Lunatic asylums United Prov. 1922-30 - 1922-1930
Year: 1922
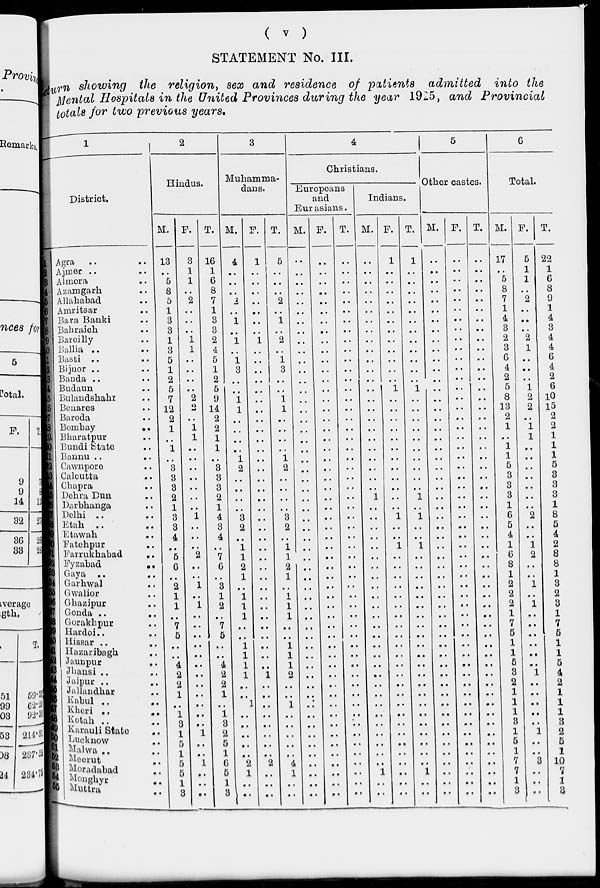
( v )
STATEMENT No. III.
eturn showing the religion, sex and residence of patients admitted into the
Mental Hospitals in the United Provinces during the year 1925, and Provincial
totals for two previous years.
1
District.
1
2
3
4
5
6
7
8
9
10
11
12
13
14
15
16
17
18
19
20
21
22
23
24
25
26
27
28
29
30
31
32
33
34
35
36
37
38
39
40
41
42
43
44
45
46
47
48
49
50
51
52
53
54
55
Agra .. ..
Ajmer .. ..
Almora ..
Azamgarh ..
Allahabad ..
Amritsar ..
Bara Banki ..
Bahraich ..
Bareilly ..
Ballia .. ..
Basti .. ..
Bijnor .. ..
Banda .. ..
Budaun ..
Bulandshahr
Benares ..
Baroda ..
Bombay
..
Bharatpur ..
Bundi State ..
Bannu ..
Cawnpore ...
Calcutta ..
Chapra ..
Dehra Dun ..
Darbhanga ..
Delhi .. ..
Etah .. ..
Etawah ..
Fatehpur ..
Farrukhabad
..
Eyzabad
..
Gaya .. ..
Garhwal ..
Gwalior ..
Ghazipur ..
Gonda ..
Gorakhpur ..
Hardoi ..
Hissar ..
Hazaribagh ..
Jaunpur ..
Jhausi .. ..
Jaipur .. ..
Jallandhar ..
Kabul .. ..
Kheri .. ..
Kotah .. ..
Karauli State ..
Lucknow ..
Malwa .. ..
Meerut ..
Moradabad ..
Monghyr ..
Muttra
..
2
Hindus.
M.
13
..
5
8
5
1
3
3
1
3
5
1
2
5
7
12
2
1
..
1
..
3
3
3
2
1
3
3
4
..
5
6
..
2
1
1
..
7
5
..
..
4
2
2
1
..
1
3
1
5
1
5
5
1
3
F.
3
1
1
..
2
..
..
..
1
1
..
..
..
.. 2
2
..
1
1
..
..
..
..
..
..
..
1
..
..
..
2
..
..
1
..
1
..
..
..
..
..
..
..
..
..
..
..
..
1
..
..
1
..
..
..
T.
16
1
6
8
7
1
3
3
2
4
5
1
2
5
9
14
2
2
1
1
..
3
3
3
2
1
4
3
4
..
7
6
..
3
1
2
..
7
5
..
..
4
2
2
1
..
1
3
2
5
1
6
5
1
3
3
Muhamma-
dans.
M.
4
..
..
..
2
..
1
..
1
..
1
3
..
..
1
1
..
..
..
..
1
2
..
..
..
..
3
2
..
1
1
2
1
..
1
1
1
..
..
1
1
1
1
..
..
1
..
..
...
..
..
2
1
..
..
F.
1
..
..
..
..
..
..
..
1
..
..
..
..
..
..
..
..
..
..
..
..
..
..
..
..
..
..
..
..
..
..
..
..
..
..
..
..
..
..
..
..
..
1
..
..
..
..
..
..
..
..
2
..
..
..
T.
5
..
..
..
2
..
1
..
2
..
1
3
..
..
1
1
..
..
..
..
1
2
..
..
..
..
3
2
..
1
1
2
1
..
1
1
1
..
..
1
1
1
2
..
..
1
..
..
..
..
4
1
..
..
4
Christians.
Europeans
and
Eurasians.
M.
..
..
..
..
..
..
..
..
..
..
..
..
..
..
..
..
..
..
..
..
..
..
..
..
..
..
..
....
..
..
..
..
..
..
..
..
..
..
..
..
..
..
..
..
..
..
..
..
..
..
..
..
..
..
..
F.
..
..
..
..
..
..
..
..
..
..
..
..
..
..
..
..
..
..
..
..
..
..
..
..
..
..
..
..
..
..
..
..
..
..
..
..
..
..
..
..
..
..
..
..
..
..
..
..
..
..
..
..
..
..
T.
..
..
..
..
..
..
..
..
..
..
..
..
..
..
..
..
..
..
..
..
..
..
..
..
..
..
..
..
..
..
..
..
..
..
..
..
..
..
..
..
..
..
..
..
..
..
..
..
..
..
..
..
..
..
..
Indians.
M.
..
..
..
..
..
..
..
..
..
..
..
..
..
..
..
..
..
..
..
..
..
..
..
..
1
..
..
..
..
..
..
..
..
..
..
..
..
..
..
..
..
..
..
..
..
..
..
..
..
..
..
..
1
..
..
F.
1
..
..
..
..
..
..
..
..
..
..
..
..
1
..
..
..
..
..
..
..
..
..
..
..
..
1
..
..
1
..
..
..
..
..
..
..
..
..
..
..
..
..
..
..
..
..
..
..
..
..
..
..
..
..
T
1
..
..
..
..
..
..
..
..
..
..
..
...
1
..
..
..
..
..
..
..
..
..
..
1
..
1
..
..
1
..
..
..
..
..
..
..
..
..
..
..
..
..
..
..
..
..
..
..
..
..
..
1
..
..
5
Other castes.
M.
..
..
..
..
..
..
..
..
..
..
..
..
..
..
..
..
..
..
..
..
..
..
..
..
..
..
..
..
..
..
..
..
..
..
..
..
..
..
..
..
..
..
..
..
..
..
..
..
..
..
..
..
..
..
..
F.
..
..
..
..
..
..
..
..
..
..
..
..
..
..
..
..
..
..
..
..
..
..
..
..
..
..
..
..
..
..
..
..
..
..
..
..
..
..
..
..
..
..
..
..
..
..
..
..
..
..
..
..
..
..
..
T.
..
..
..
..
..
..
..
..
..
..
..
..
..
..
..
..
..
..
..
..
..
..
..
..
..
..
..
..
..
..
..
..
..
..
..
..
..
..
..
..
..
..
..
..
..
..
..
..
..
..
..
..
..
..
..
6
Total.
M.
17
..
5
8
7
1
4
3
2
3
6
4
2
5
8
13
2
1
..
1
1
5
3
3
3
1
6
5
4
1
6
8
1
2
2
2
2
1
7
5
1
1
5
3
2
1
1
3
1
5
1
7
7
1
3
F.
5
1
1
..
2
..
..
..
2
1
..
..
..
1
2
2
..
1
1
..
..
..
..
..
..
..
2
..
..
1
2
..
..
1
..
1
1
..
..
..
..
..
..
1
..
..
..
..
1
..
..
3
..
..
..
T.
22
1
6
8
9
1
4
3
4
4
6
4
2
6
10
15
2
2
1
1
1
5
3
3
3
1
8
5
4
2
8
8
1
3
2
3
3
1
7
5
1
1
5
4
2
1
1
3
2
5
1
10
7
1
3